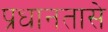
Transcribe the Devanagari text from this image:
प्रधानतासे